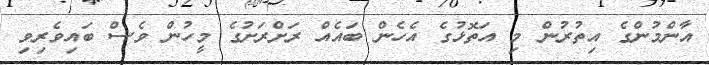
އާންމުންގެ އިތުރުން މި އަތޮޅުގެ އެހެން ބައެއް ރަށްރަށުގެ މީހުން ވެސް ބައިވެރިވި